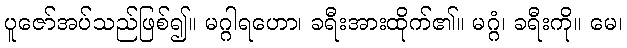
ပူဇော်အပ်သည်ဖြစ်၍။ မဂ္ဂါရဟော၊ ခရီးအားထိုက်၏။ မဂ္ဂံ၊ ခရီးကို။ မေ၊